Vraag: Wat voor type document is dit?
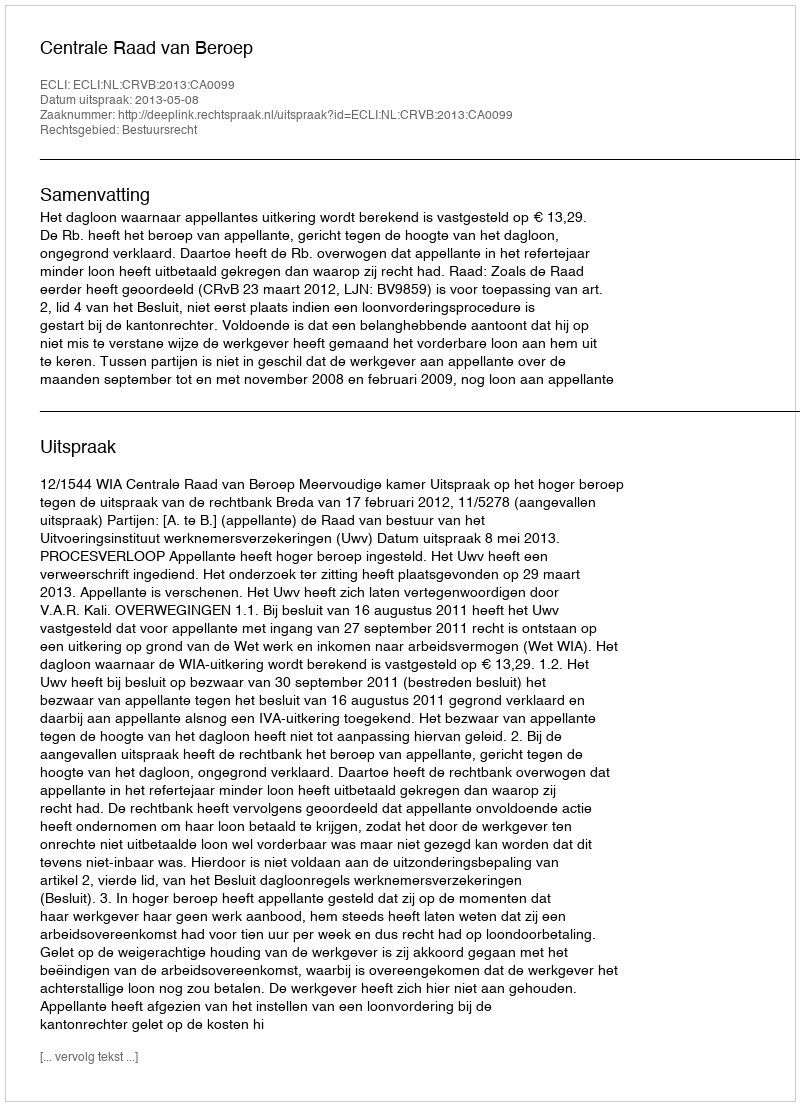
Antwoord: Uitspraak